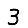
Digit: 3